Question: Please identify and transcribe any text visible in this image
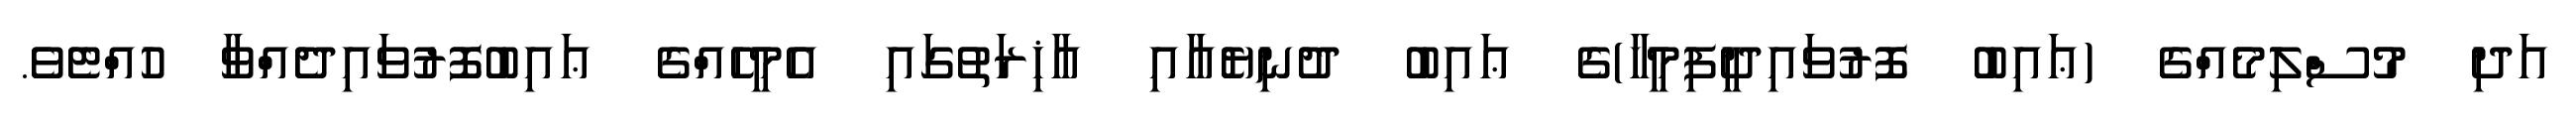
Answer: އަދި މުސްލިމެއްގެ (ޢައިބު ފޮރުވައިދީފިމީހާ)ގެ ޢައިބު ދުނިޔެއާއި އާޚިރަތުގައި އެމީހެއްގެ ޢައިބުފޮރުވައިދެއްވާ ހުއްޓެވެ.